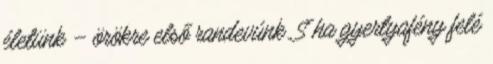
életünk – örökre első randevúnk. S ha gyertyafény felé